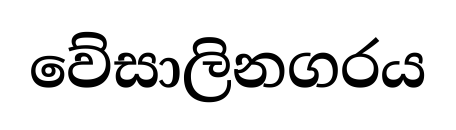
වේසාලිනගරය